Scottish Leaving Certificate Examination, 1953
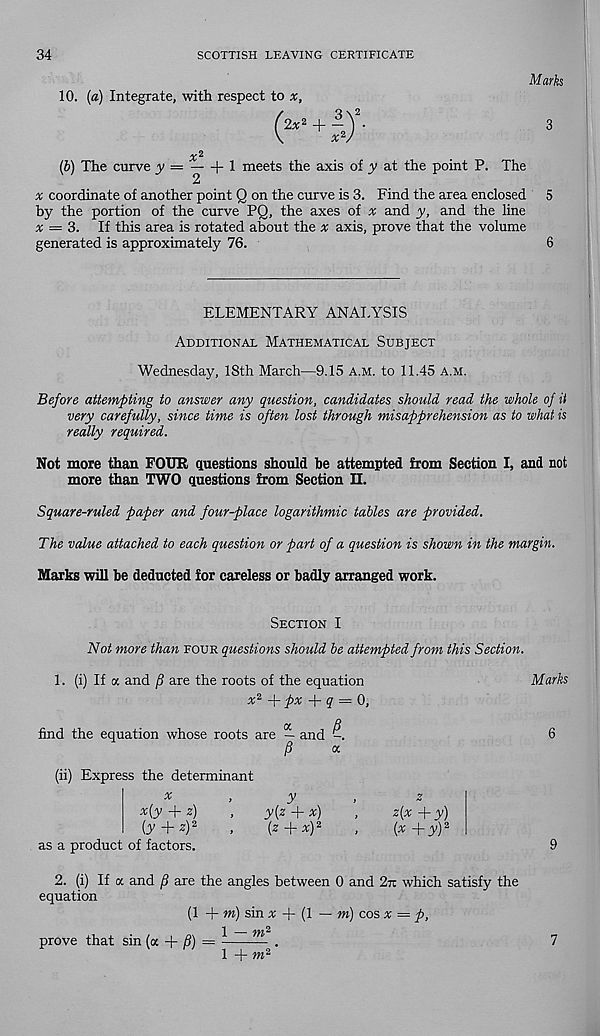
34
SCOTTISH LEAVING CERTIFICATE
10. (a) Integrate, with respect to x,
Marks
2x 2 +
(b) The curve y
+ 1 meets the axis of y at the point P. The
x coordinate of another point Q on the curve is 3. Find the area enclosed 5
by the portion of the curve PQ, the axes of % and y, and the line
x = 3. If this area is rotated about the v axis, prove that the volume
generated is approximately 76.
6
ELEMENTARY ANALYSIS
Additional Mathematical Subject
Wednesday, 18th March—9.15 A.M. to 11.45 a.m.
Before attempting to answer any question, candidates should read the whole of it
very carefully, since time is often lost through misapprehension as to what is
really required.
Not more than FOUR questions should be attempted from Section I, and not
more than TWO questions from Section II.
Square-ruled paper and four-place logarithmic tables are provided.
The value attached to each question or part of a question is shown in the margin.
Marks will be deducted for careless or badly arranged work.
Section I
Not more than four questions should be attempted from this Section.
1. (i) If a and f are the roots of the equation
x 2 + px + q — 0,
find the equation whose roots are — and -.
/?
(ii) Express the determinant
x
,
y
,
x{y + z)
,
y(z + x)
(3'+^) 2
,
(z+x) 2
as a product of factors.
z(x +y)
{x +y) 2
2. (i) If a and /S are the angles between 0 and 2n which satisfy the
equation
(1 + m) sin x
(l — m) cos x = p,
"|
/yyj 2
prove that sin (a + /?) =
.
1 + 7M 2
Marks
7